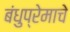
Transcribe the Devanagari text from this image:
बंधुप्रेमाचे